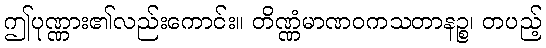
ဤပုဏ္ဏား၏လည်းကောင်း။ တိဏ္ဏံမာဏဝကသတာနဉ္စ၊ တပည့်